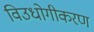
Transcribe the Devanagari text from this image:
विउधोगीकरण